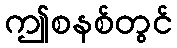
ဤစနစ်တွင်